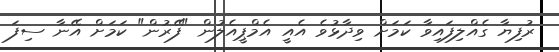
ރުފިޔާ ގެއްލިފައިވާ ކަމަށް ވިދާޅުވެ އެއީ އެމްޕީއެލުން "ފޭރުން" ކަމަށް އޭނާ ސިފަ